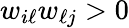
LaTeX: w_{i\ell}w_{\ell j}>0